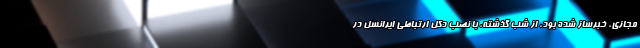
مجازی، خبرساز شده بود، از شب گذشته، با نصب دکل ارتباطی ایرانسل در